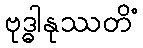
ဗုဒ္ဓါနုဿတိံ